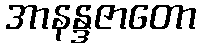
အာနန္ဒဇာတော